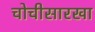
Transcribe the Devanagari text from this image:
चोचीसारखा